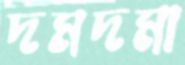
দমদমা